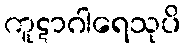
ကူဋာဂါရေသုပိ